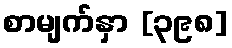
စာမျက်နှာ [၃၉၈]